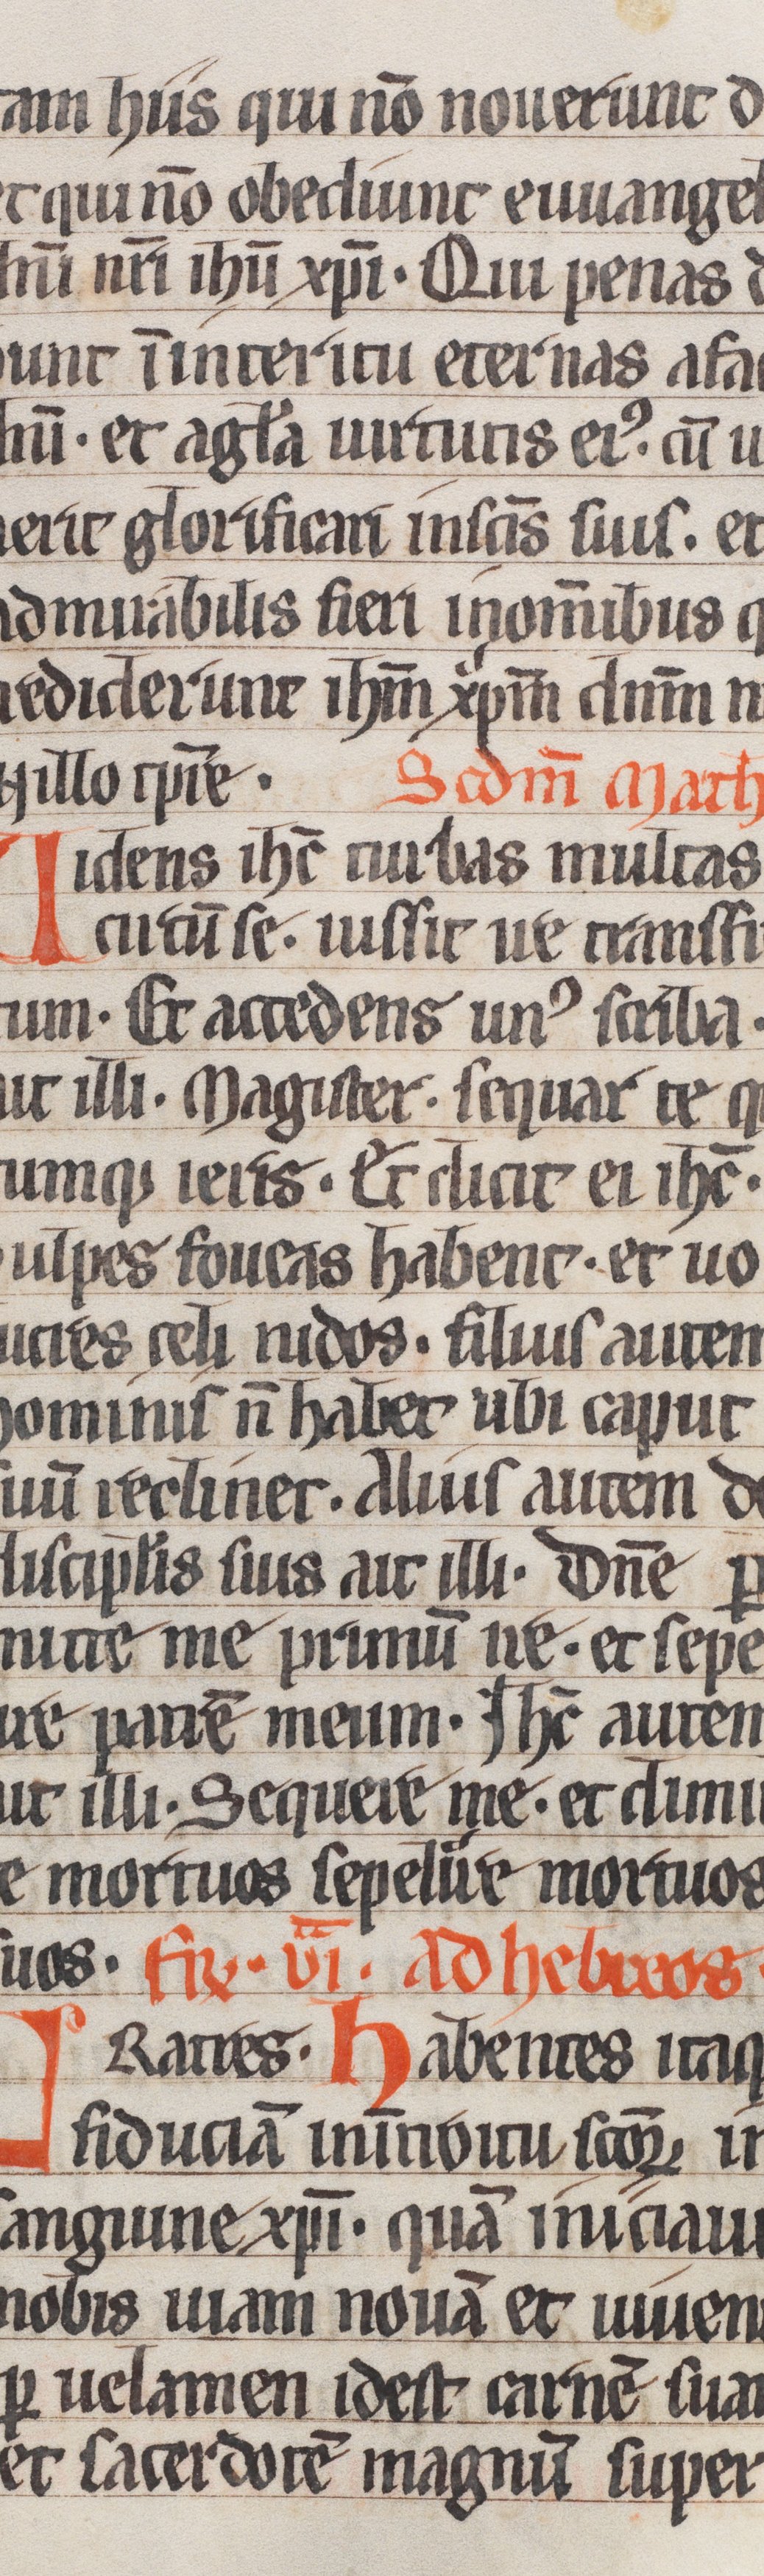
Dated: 1250–1299